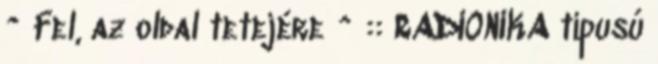
^ Fel, az oldal tetejére ^ :: RADIONIKA tipusú